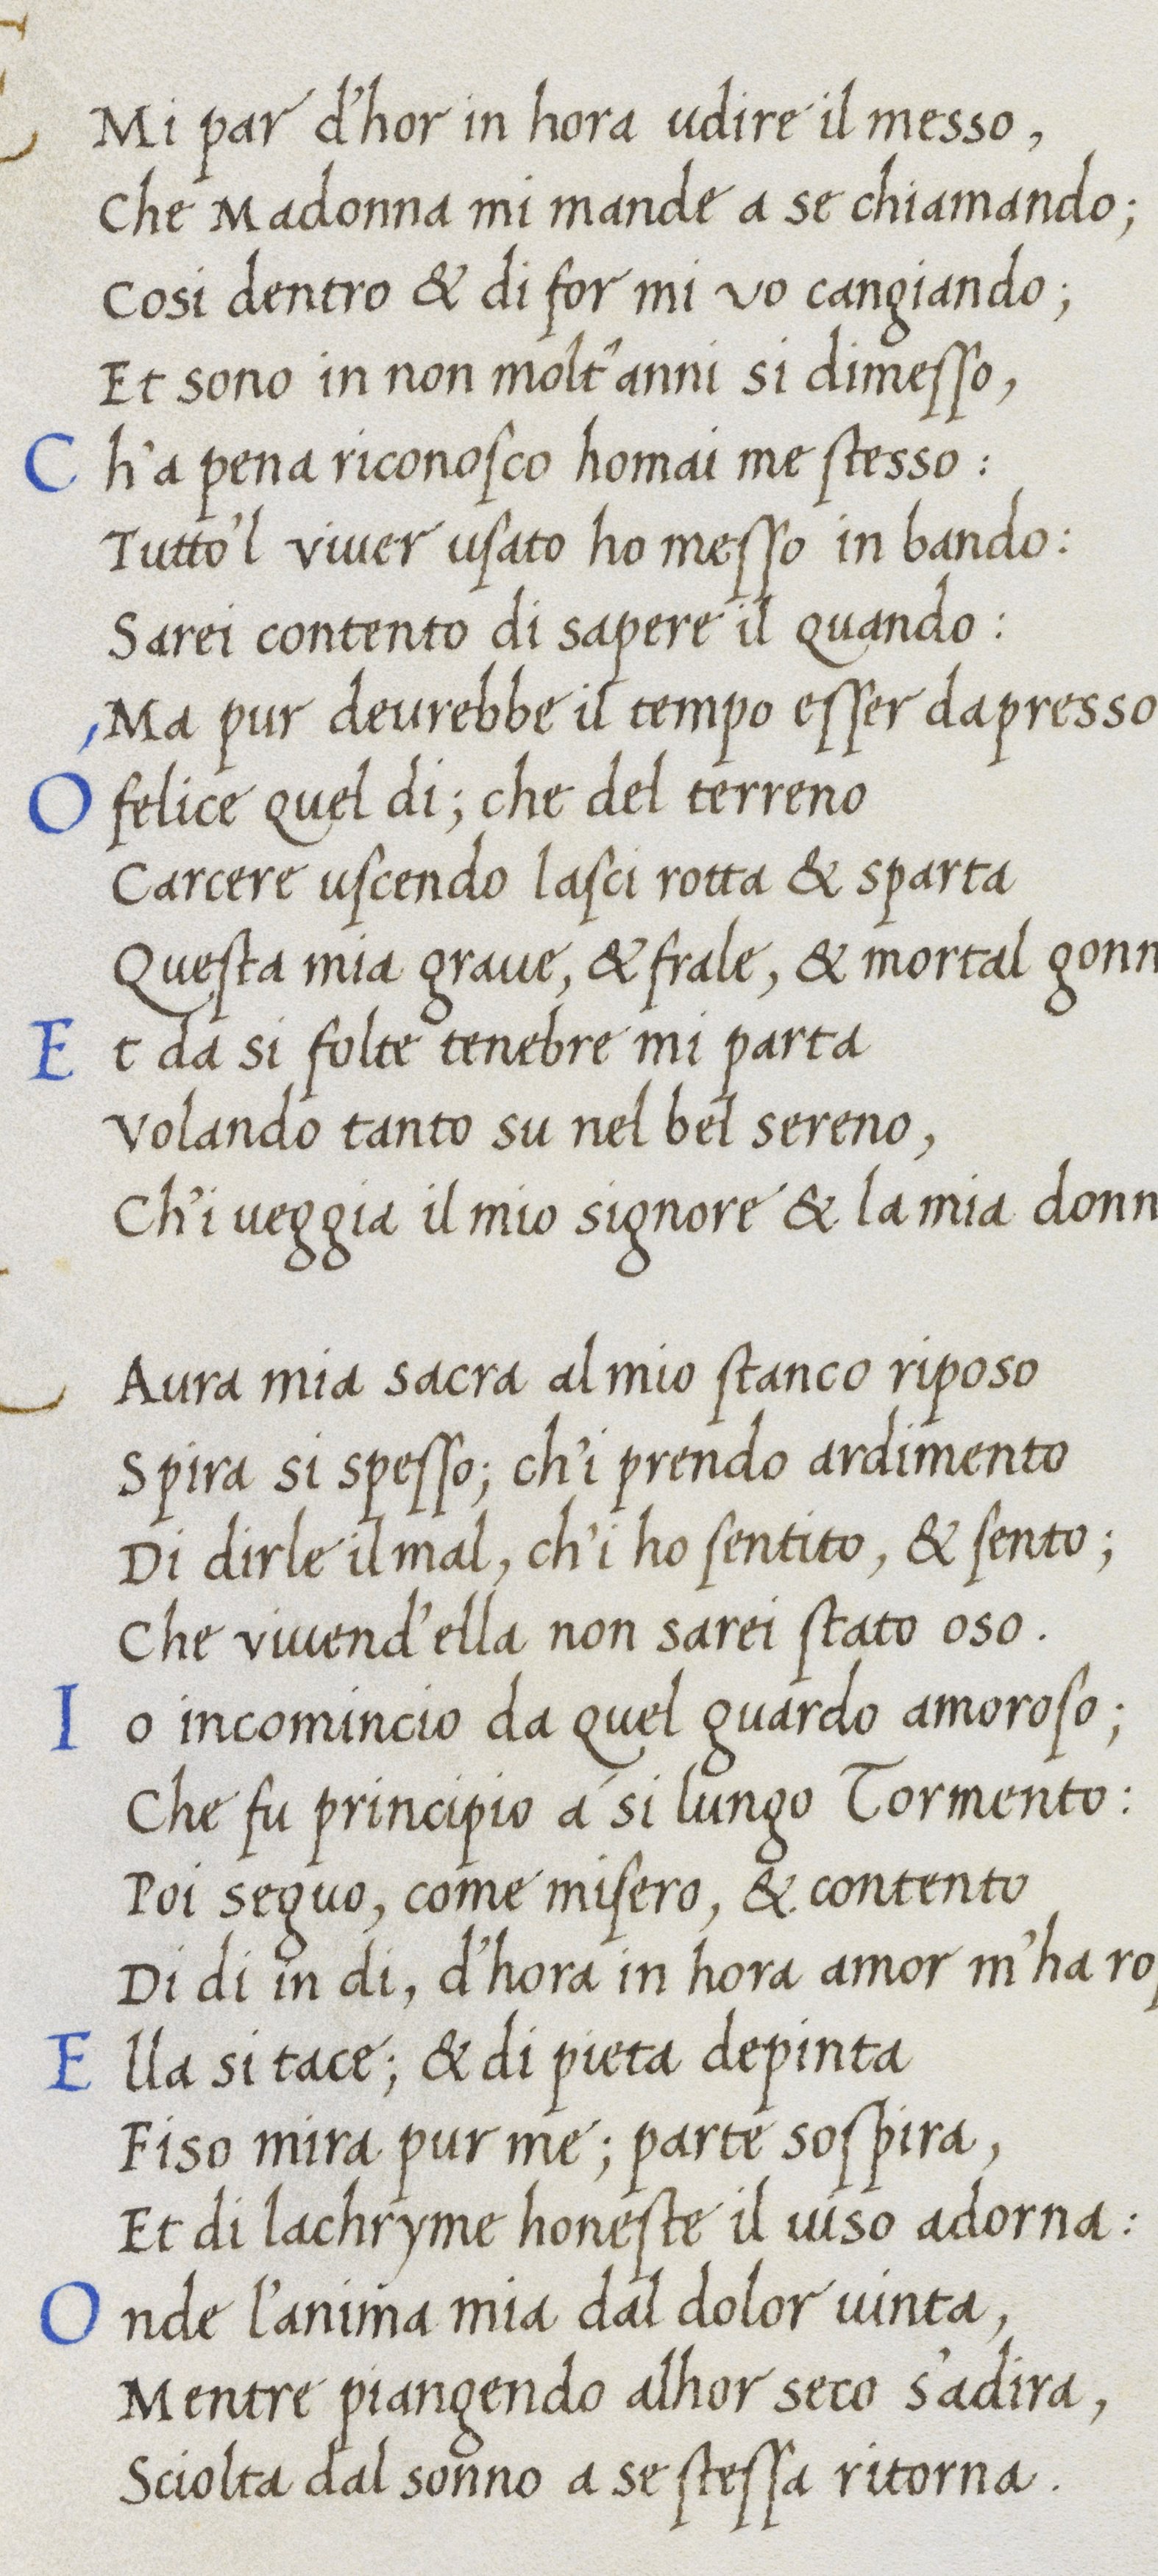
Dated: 1400–1499